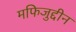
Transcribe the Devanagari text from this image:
मफिजुद्दीन